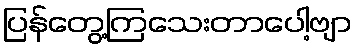
ပြန်တွေ့ကြသေးတာပေါ့ဗျာ